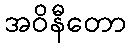
အဝိနီတော